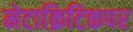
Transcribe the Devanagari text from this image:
मेटाक्रिटिकपर